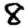
Digit: 8